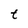
Character: t